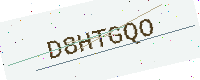
Text: D8HTGQO